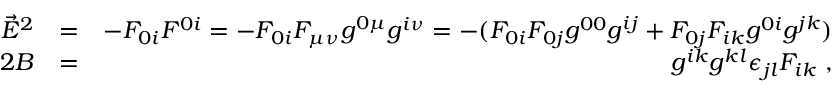
\begin{array} { r l r } { \vec { E } ^ { 2 } } & { = } & { - F _ { 0 i } F ^ { 0 i } = - F _ { 0 i } F _ { \mu \nu } g ^ { 0 \mu } g ^ { i \nu } = - ( F _ { 0 i } F _ { 0 j } g ^ { 0 0 } g ^ { i j } + F _ { 0 j } F _ { i k } g ^ { 0 i } g ^ { j k } ) } \\ { 2 B } & { = } & { g ^ { i k } g ^ { k l } \epsilon _ { j l } F _ { i k } \; , } \end{array}